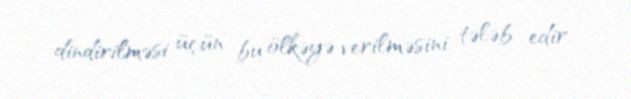
dindirilməsi üçün bu ölkəyə verilməsini tələb edir.